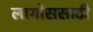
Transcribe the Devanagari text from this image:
लागोससाठी